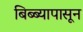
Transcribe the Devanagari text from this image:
बिब्ब्यापासून